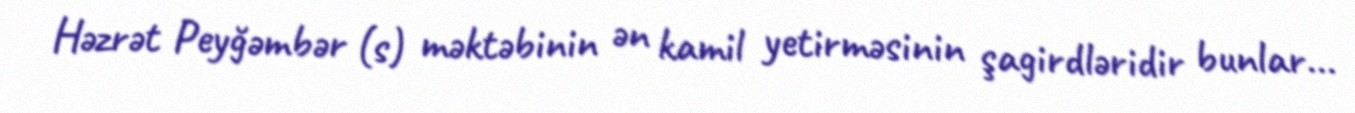
Həzrət Peyğəmbər (s) məktəbinin ən kamil yetirməsinin şagirdləridir bunlar...